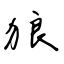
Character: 狼